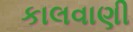
કાલવાણી